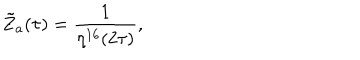
{ \tilde { Z } } _ { a } ( \tau ) = \frac { 1 } { \eta ^ { 1 6 } ( 2 \tau ) } ,